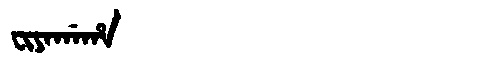
Manchu: ᠸᡳᠶᠠᡤᠠᡥᠠ
Romanization: FIYAGAHA